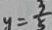
y = \frac { 3 } { 5 }